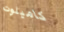
كاميلوت